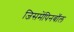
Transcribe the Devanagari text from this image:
जिसमेंपिनबॉल